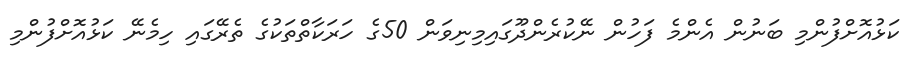
ކަޅުއޮށްފުންމި ބަނުން އެންމެ ފަހުން ނޭކުރެންދޫގައިމިނިވަން 50ގެ ހަރަކާތްތަކުގެ ތެރޭގައި ހިމެނޭ ކަޅުއޮށްފުންމި